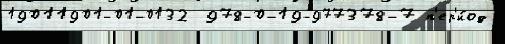
19011901-01-0132  978-0-19-977378-7 п'ер'и́од